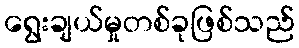
ရွေးချယ်မှုတစ်ခုဖြစ်သည်